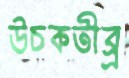
উচকতীব্র্র